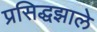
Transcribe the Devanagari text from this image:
प्रसिद्धझाले